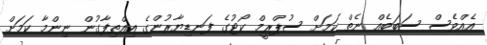
އެއްވެސް ސަބަބެއް ނެތް ކަމަށް ސުޕްރީމް ކޯޓުގެ ފަނޑިޔާރުންގެ އިއްތިފާގުން ނިންމާ ކަމަށް